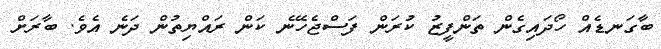
ބާގަނޑެއް ހޯދައިގެން ތަންފީޒު ކުރަން ފަސްޖެހޭނެ ކަން ރައްޔިތުން ދަނެ އެވެ. ބާރަށް